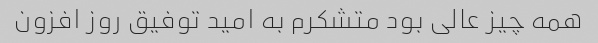
همه چیز عالی بود متشکرم به امید توفیق روز افزون